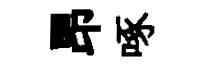
昂啄